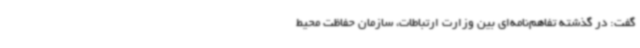
گفت: در گذشته تفاهم‌نامه‌ای بین وزارت ارتباطات، سازمان حفاظت محیط